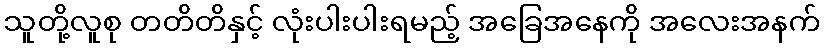
သူတို့လူစု တတိတိနှင့် လုံးပါးပါးရမည့် အခြေအနေကို အလေးအနက်